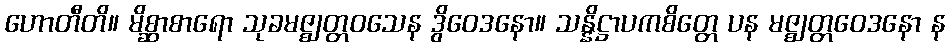
ဟောတီတိ။ မိစ္ဆာစာရော သုခမဇ္ဈတ္တဝသေန ဒွိဝေဒနော။ သန္နိဋ္ဌာပကစိတ္တေ ပန မဇ္ဈတ္တဝေဒနော န